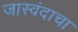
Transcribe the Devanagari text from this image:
जास्वंदाचा